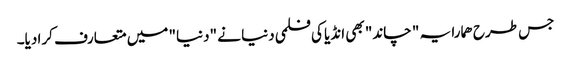
جس طرح ھمارا یہ " چاند" بھی انڈیا کی فلمی دنیا نے "دنیا" میں متعارف کرا دیا۔